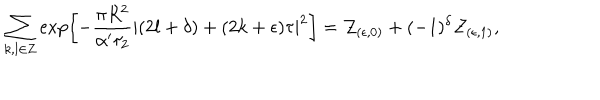
LaTeX: \sum _ { k , l \in { \bf Z } } \exp \left[ - \frac { \pi R ^ { 2 } } { \alpha ^ { \prime } \tau _ { 2 } } | ( 2 l + \delta ) + ( 2 k + \epsilon ) \tau | ^ { 2 } \right] = { \cal Z } _ { ( \epsilon , 0 ) } + ( - 1 ) ^ { \delta } { \cal Z } _ { ( \epsilon , 1 ) } ,